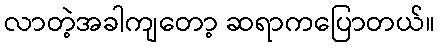
လာတဲ့အခါကျတော့ ဆရာကပြောတယ်။